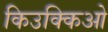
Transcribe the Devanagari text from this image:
किउक्किओ